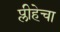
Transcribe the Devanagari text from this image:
प्लीहेचा